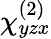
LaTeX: \chi_{yzx}^{(2)}